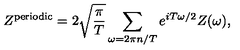
Z ^ { \mathrm { p e r i o d i c } } = 2 \sqrt { \frac { \pi } { T } } \sum _ { \omega = 2 \pi n / T } e ^ { i T \omega / 2 } Z ( \omega ) ,